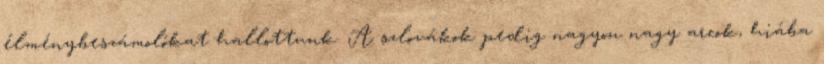
élménybeszámolókat hallottunk. A szlovákok pedig nagyon nagy arcok, hiába